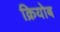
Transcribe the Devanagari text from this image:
क्रियोब